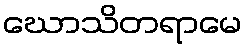
ဃောသိတရာမေ